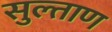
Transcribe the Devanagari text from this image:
सुल्ताण